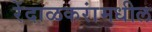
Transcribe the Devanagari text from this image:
रेंदाळकरांमधील